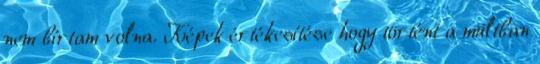
nem bírtam volna. Képek értékesítése hogy történt a múltban